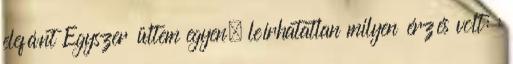
elefánt Egyszer ültem egyen, leírhatatlan milyen érzés volt: :